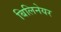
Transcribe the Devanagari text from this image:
बिलिनेयर